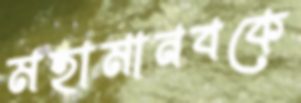
মহামানবকে